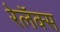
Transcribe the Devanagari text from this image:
रेलॅक्स